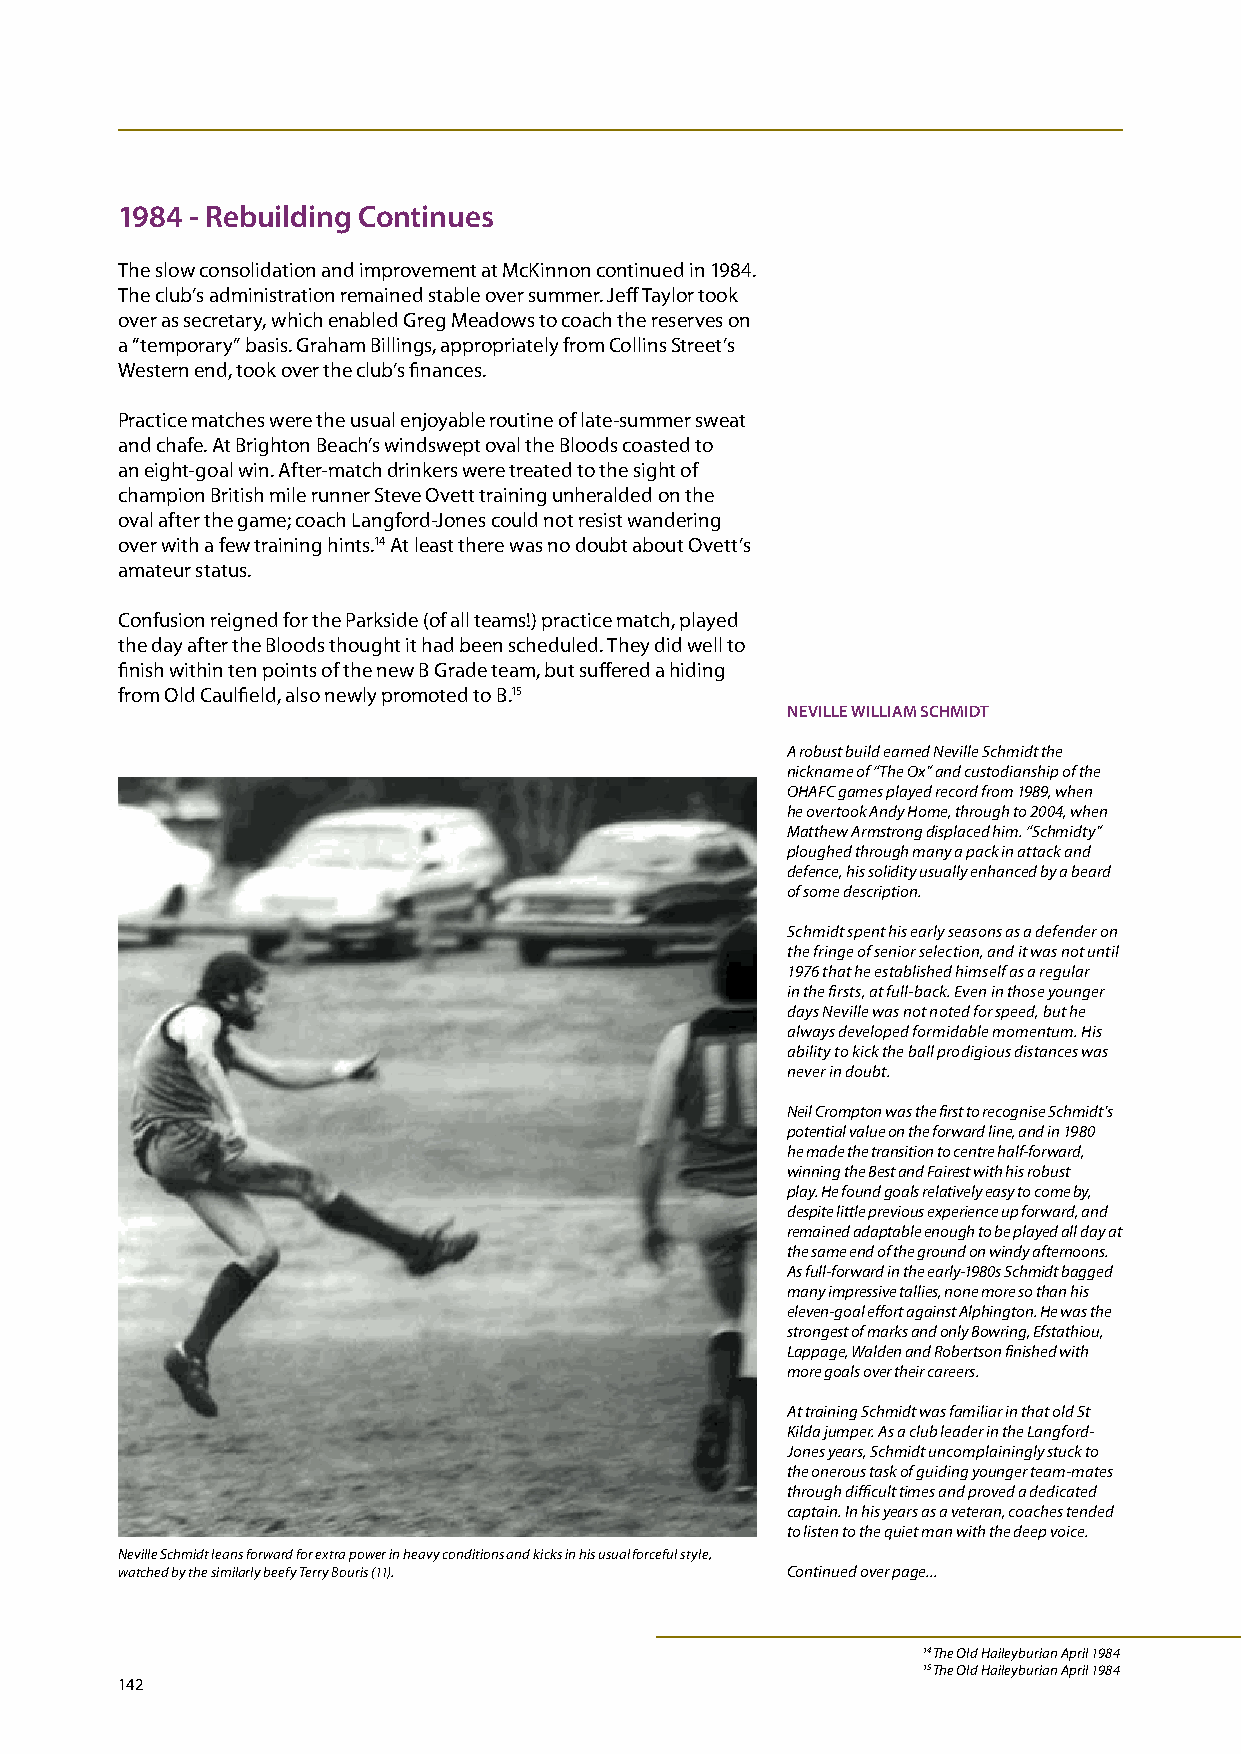
1984 - Rebuilding Continues
 The slow consolidation and improvement at McKinnon continued in 1984.
 The club’s administration remained stable over summer. Jeff Taylor took
 over as secretary, which enabled Greg Meadows to coach the reserves on
 a “temporary” basis. Graham Billings, appropriately from Collins Street’s
 Western end, took over the club’s finances.
 Practice matches were the usual enjoyable routine of late-summer sweat
 and chafe. At Brighton Beach’s windswept oval the Bloods coasted to
 an eight-goal win. After-match drinkers were treated to the sight of
 champion British mile runner Steve Ovett training unheralded on the
 oval after the game; coach Langford-Jones could not resist wandering
 over with a few training hints.14 At least there was no doubt about Ovett’s
 amateur status.
 Confusion reigned for the Parkside (of all teams!) practice match, played
 the day after the Bloods thought it had been scheduled. They did well to
 finish within ten points of the new B Grade team, but suffered a hiding
 from Old Caulfield, also newly promoted to B.15
 NEVILLE wILLIAm SCHmIDT
 A robust build earned Neville Schmidt the
 nickname of “The Ox” and custodianship of the
 OHAFC games played record from 1989, when
 he overtook Andy Home, through to 2004, when
 Matthew Armstrong displaced him. “Schmidty”
 ploughed through many a pack in attack and
 defence, his solidity usually enhanced by a beard
 of some description.
 Schmidt spent his early seasons as a defender on
 the fringe of senior selection, and it was not until
 1976 that he established himself as a regular
 in the firsts, at full-back. Even in those younger
 days Neville was not noted for speed, but he
 always developed formidable momentum. His
 ability to kick the ball prodigious distances was
 never in doubt.
 Neil Crompton was the first to recognise Schmidt’s
 potential value on the forward line, and in 1980
 he made the transition to centre half-forward,
 winning the Best and Fairest with his robust
 play. He found goals relatively easy to come by,
 despite little previous experience up forward, and
 remained adaptable enough to be played all day at
 the same end of the ground on windy afternoons.
 As full-forward in the early-1980s Schmidt bagged
 many impressive tallies, none more so than his
 eleven-goal effort against Alphington. He was the
 strongest of marks and only Bowring, Efstathiou,
 Lappage, Walden and Robertson finished with
 more goals over their careers.
 At training Schmidt was familiar in that old St
 Kilda jumper. As a club leader in the Langford-
 Jones years, Schmidt uncomplainingly stuck to
 the onerous task of guiding younger team-mates
 through difficult times and proved a dedicated
 captain. In his years as a veteran, coaches tended
 to listen to the quiet man with the deep voice.
 Neville Schmidt leans forward for extra power in heavy conditions and kicks in his usual forceful style,
 watched by the similarly beefy Terry Bouris (11). Continued over page...
 14 The Old Haileyburian April 1984
 15 The Old Haileyburian April 1984
 142